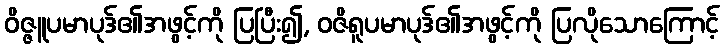
ဝိဇ္ဇူပမာပုဒ်၏အဖွင့်ကို ပြပြီး၍, ဝဇိရူပမာပုဒ်၏အဖွင့်ကို ပြလိုသောကြောင့်